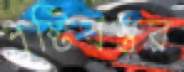
পুষ্টিবস্তুর